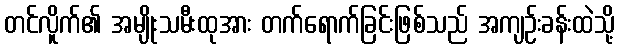
တင်လိူက်၏ အမျိုးသမီးထုအား တက်ရောက်ခြင်းဖြစ်သည် အကျဉ်းခန်းထဲသို့